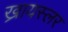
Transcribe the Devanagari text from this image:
ख्रायस्लर